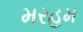
મરહમ